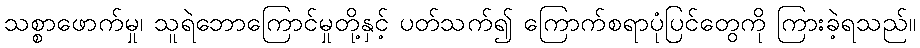
သစ္စာဖောက်မှု၊ သူရဲဘောကြောင်မှုတို့နှင့် ပတ်သက်၍ ကြောက်စရာပုံပြင်တွေကို ကြားခဲ့ရသည်။